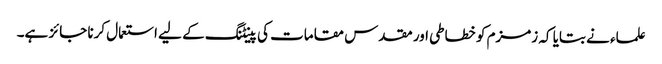
علماء نے بتایا کہ زمزم کو خطاطی اور مقدس مقامات کی پینٹنگ کے لیے استعمال کرنا جائز ہے۔